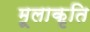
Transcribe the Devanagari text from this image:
मूलाकृति